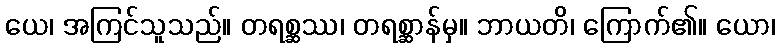
ယေ၊ အကြင်သူသည်။ တရစ္ဆဿ၊ တရစ္ဆာန်မှ။ ဘာယတိ၊ ကြောက်၏။ ယော၊